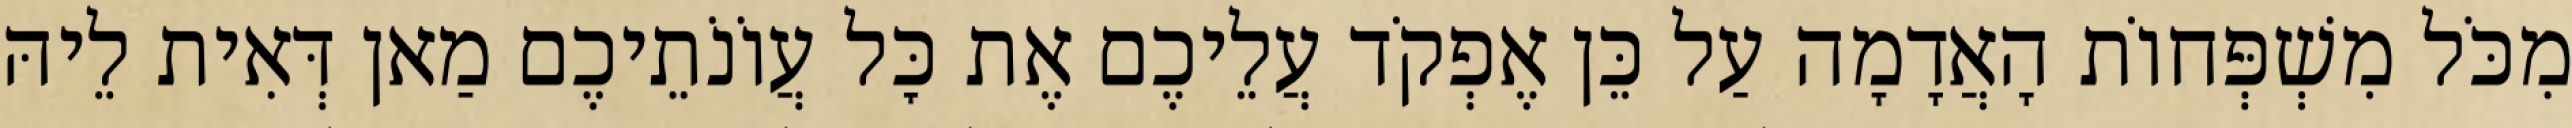
מִכֹּל מִשְׁפְּחוֹת הָאֲדָמָה עַל כֵּן אֶפְקֹד עֲלֵיכֶם אֶת כׇּל עֲוֹנֹתֵיכֶם מַאן דְּאִית לֵיהּ